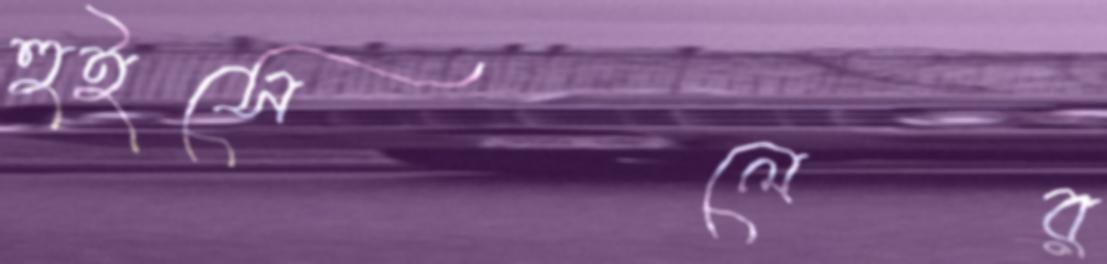
হুইসেলের